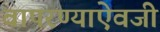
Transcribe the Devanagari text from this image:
वापरण्याऐवजी